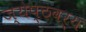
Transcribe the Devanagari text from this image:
ज्येष्ठवर्य